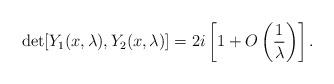
LaTeX: \begin{align*}\det[Y_1(x,\lambda),Y_2(x,\lambda)]=2i\left[1+O\left(\frac{1}{\lambda}\right)\right].\end{align*}